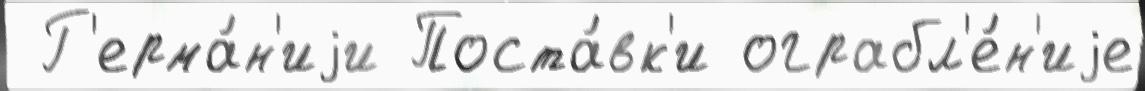
 Г'ерма́н'иjи Поста́вк'и ограбл'е́н'иjе